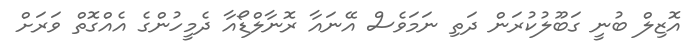
އޮޒިލް ބުނީ ގަބޫލުކުރަން ދަތި ނަމަވެސް އޭނައާ ރޮނާލްޑޯއާ ދެމީހުންގެ އެއްގޮތް ވަރަށް